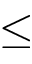
\leq